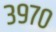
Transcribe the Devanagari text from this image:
३९७०